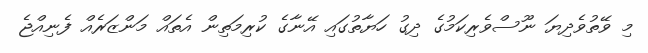
މި ވޭތުވެދިޔަ ނޫސްވެރިކަމުގެ ދިގު ހަޔާތުގައި އޭނާގެ ކުރިމަތިން އެތައް މަންޒަރެއް ފެނިއްޖެ